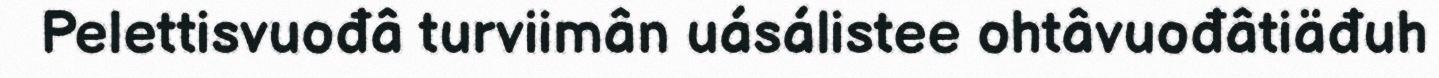
Pelettisvuođâ turviimân uásálistee ohtâvuođâtiäđuh